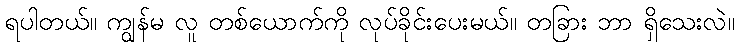
ရပါတယ်။ ကျွန်မ လူ တစ်ယောက်ကို လုပ်ခိုင်းပေးမယ်။ တခြား ဘာ ရှိသေးလဲ။